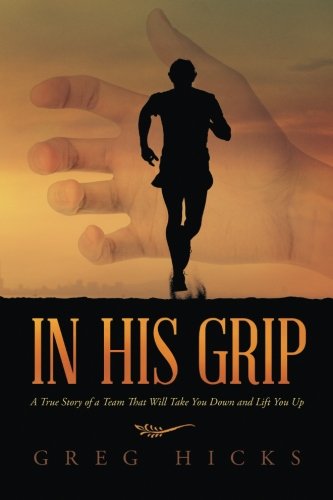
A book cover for In His Grip: A True Story of a Team That Will Take You Down and Lift You Up; Greg Hicks; Sports & Outdoors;